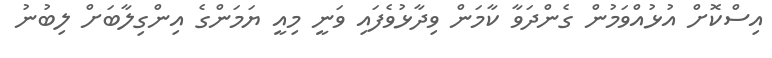
އިސްކޮށް އުޅުއްވަމުން ގެންދަވާ ކާމަން ވިދާޅުވެފައި ވަނީ މިއީ ޔަމަންގެ އިންގިލާބަށް ލިބުނު